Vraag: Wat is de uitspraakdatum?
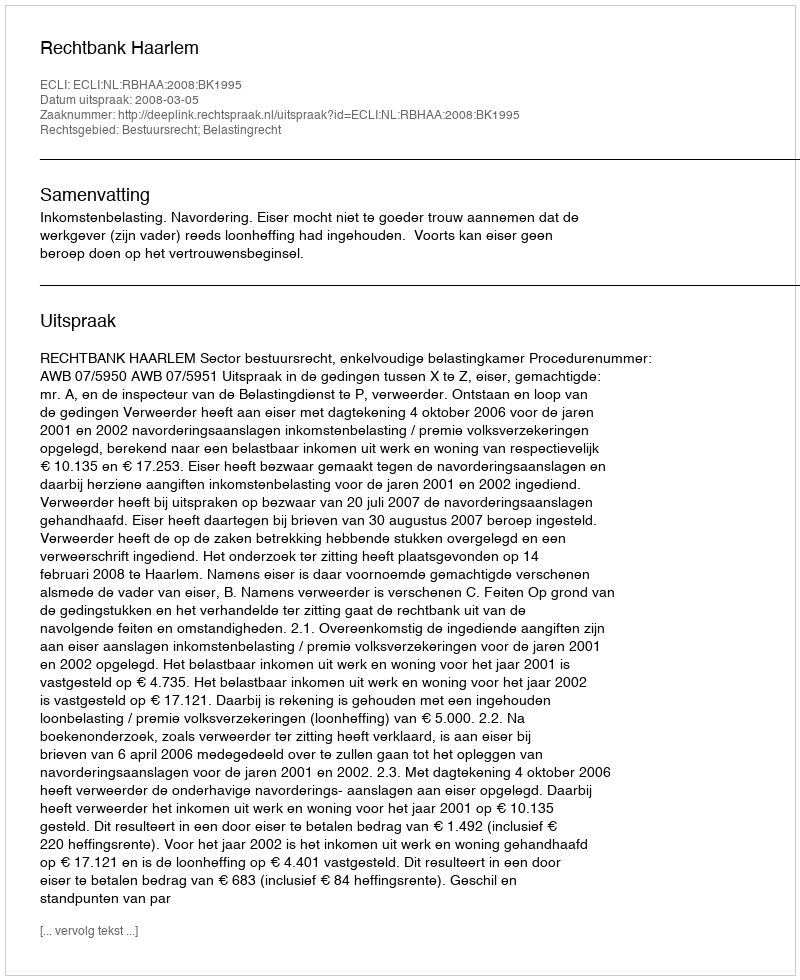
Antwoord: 2008-03-05